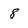
Character: 8